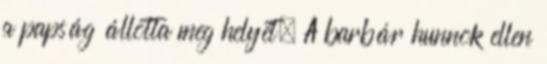
a papság állotta meg helyét. A barbár hunnok ellen